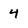
Character: 4